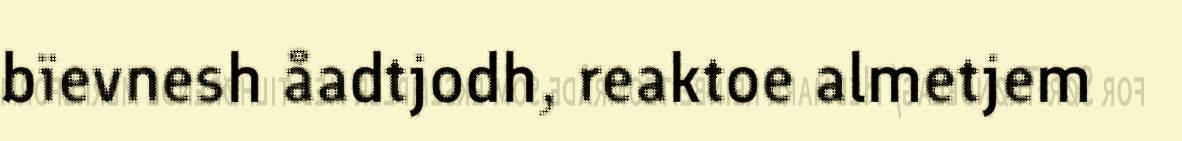
bïevnesh åadtjodh, reaktoe almetjem